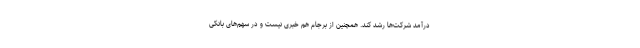
درآمد شرکت‌ها رشد کند. همچنین از برجام هم خبری نیست و در سهم‌های بانکی